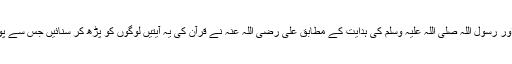
یہ حج سیدنا ابوبکر صدیق رضی اللہ عنہ کی امارت میں کیا گیا اور رسول اللہ صلی اللہ علیہ وسلم کی ہدایت کے مطابق علی رضی اللہ عنہ نے قرآن کی یہ آیتیں لوگوں کو پڑھ کر سنائیں جس سے پورے عرب کے مشرکین تک اطلاع پہنچانے کا اہتمام کر دیا گیا۔